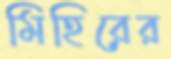
মিহিরের